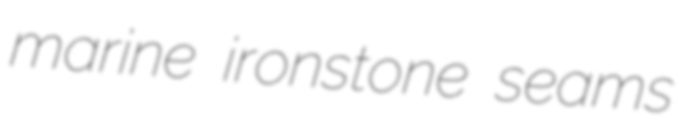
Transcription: marine ironstone seams